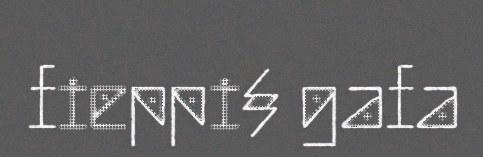
fieppi§ gafa